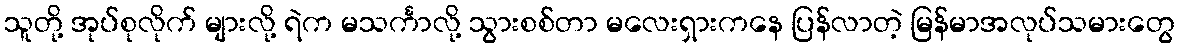
သူတို့ အုပ်စုလိုက် များလို့ ရဲက မသင်္ကာလို့ သွားစစ်တာ မလေးရှားကနေ ပြန်လာတဲ့ မြန်မာအလုပ်သမားတွေ